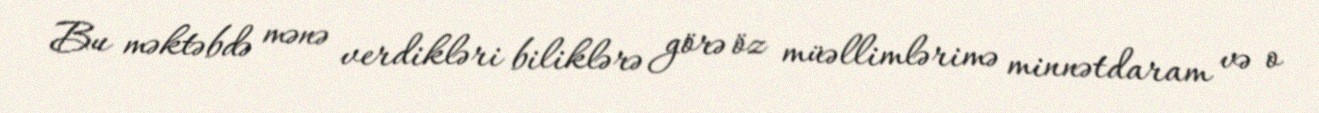
Bu məktəbdə mənə verdikləri biliklərə görə öz müəllimlərimə minnətdaram və o